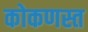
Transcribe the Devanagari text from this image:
कोकणस्त